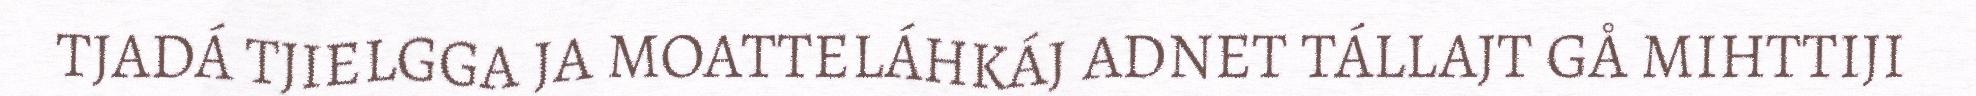
TJADÁ TJIELGGA JA MOATTELÁHKÁJ ADNET TÁLLAJT GÅ MIHTTIJI